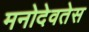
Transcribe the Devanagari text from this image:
मनोदेवतेस